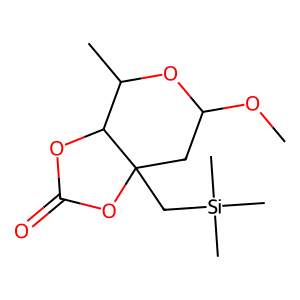
SMILES: COC1CC2(C[Si](C)(C)C)OC(=O)OC2C(C)O1
Inhibits HIV replication: No